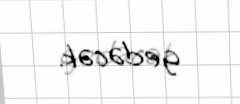
gedəcək.